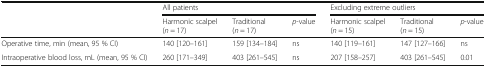
|  | <COLSPAN=3> All patients | <COLSPAN=3> Excluding extreme outliers |
 |  | Harmonic scalpel (n = 17) | Traditional (n = 17) | p-value | Harmonic scalpel (n = 15) | Traditional (n = 15) | p-value |
 | --- | --- | --- | --- | --- | --- | --- |
 | Operative time, min (mean, 95 % CI) | 140 [120–161] | 159 [134–184] | ns | 140 [119–161] | 147 [127–166] | ns |
 | Intraoperative blood loss, mL (mean, 95 % CI) | 260 [171–349] | 403 [261–545] | ns | 207 [158–257] | 403 [261–545] | 0.01 |